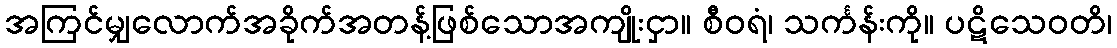
အကြင်မျှလောက်အခိုက်အတန့်ဖြစ်သောအကျိုးငှာ။ စီဝရံ၊ သင်္ကန်းကို။ ပဋိသေဝတိ၊